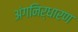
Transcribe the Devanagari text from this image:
अंगनिर्धारण